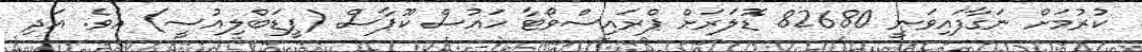
ކުރުމަށް ނަގާފައިވަނީ 82680 ޑޮލަރަށް ޕްރައިސްވޯޓާ ހައުސް ކޫޕާސް (ޕީޑަބްލިއުސީ) އެވެ. އަދި